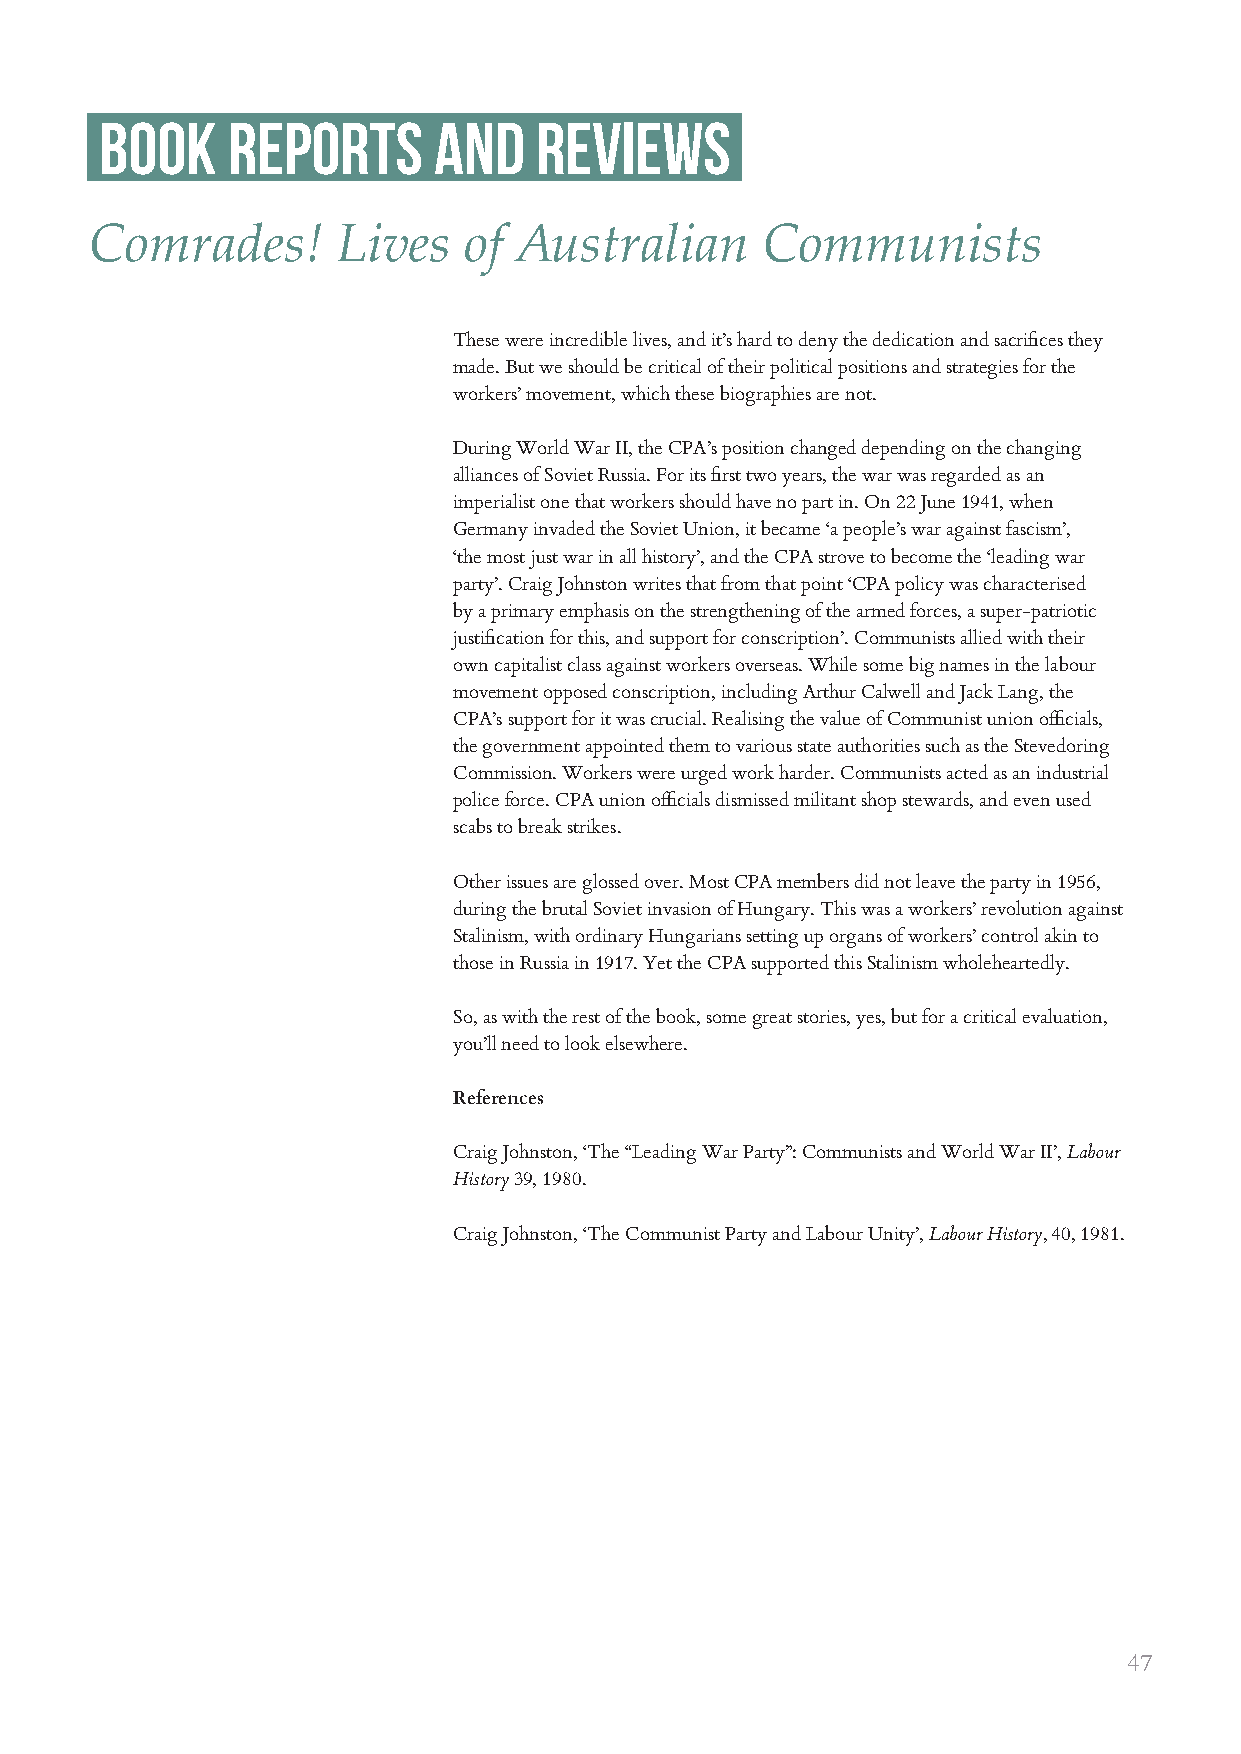
book    reports       and   reviews
 Comrades!       Lives    of Australian      Communists
 These were incredible lives, and it’s hard to deny the dedication and sacrifices they
 made. But we should be critical of their political positions and strategies for the
 workers’ movement, which these biographies are not.
 During World War II, the CPA’s position changed depending on the changing
 alliances of Soviet Russia. For its first two years, the war was regarded as an
 imperialist one that workers should have no part in. On 22 June 1941, when
 Germany invaded the Soviet Union, it became ‘a people’s war against fascism’,
 ‘the most just war in all history’, and the CPA strove to become the ‘leading war
 party’. Craig Johnston writes that from that point ‘CPA policy was characterised
 by a primary emphasis on the strengthening of the armed forces, a super-patriotic
 justification for this, and support for conscription’. Communists allied with their
 own capitalist class against workers overseas. While some big names in the labour
 movement opposed conscription, including Arthur Calwell and Jack Lang, the
 CPA’s support for it was crucial. Realising the value of Communist union officials,
 the government appointed them to various state authorities such as the Stevedoring
 Commission. Workers were urged work harder. Communists acted as an industrial
 police force. CPA union officials dismissed militant shop stewards, and even used
 scabs to break strikes.
 Other issues are glossed over. Most CPA members did not leave the party in 1956,
 during the brutal Soviet invasion of Hungary. This was a workers’ revolution against
 Stalinism, with ordinary Hungarians setting up organs of workers’ control akin to
 those in Russia in 1917. Yet the CPA supported this Stalinism wholeheartedly.
 So, as with the rest of the book, some great stories, yes, but for a critical evaluation,
 you’ll need to look elsewhere.
 References
 Craig Johnston, ‘The “Leading War Party”: Communists and World War II’, Labour
 History 39, 1980.
 Craig Johnston, ‘The Communist Party and Labour Unity’, Labour History, 40, 1981.
 47